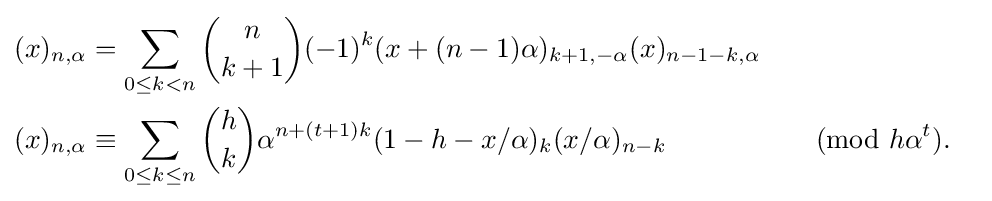
{\begin{aligned}(x)_{n,\alpha }&=\sum _{0\leq k<n}{\binom {n}{k+1}}(-1)^{k}(x+(n-1)\alpha )_{k+1,-\alpha }(x)_{n-1-k,\alpha }\\(x)_{n,\alpha }&\equiv \sum _{0\leq k\leq n}{\binom {h}{k}}\alpha ^{n+(t+1)k}(1-h-x/\alpha )_{k}(x/\alpha )_{n-k}&&{\pmod {h\alpha ^{t}}}.\end{aligned}}